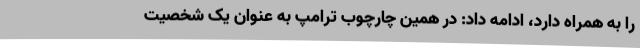
را به همراه دارد، ادامه داد: در همین چارچوب ترامپ به عنوان یک شخصیت